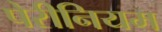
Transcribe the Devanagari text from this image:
पेरीनियम